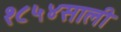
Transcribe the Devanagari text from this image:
१८५४साली